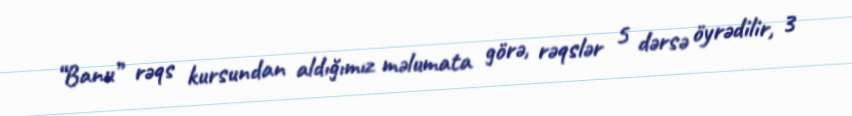
“Banu” rəqs kursundan aldığımız məlumata görə, rəqslər 5 dərsə öyrədilir, 3